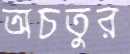
অচতুর